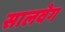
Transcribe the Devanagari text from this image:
सालवेग